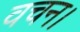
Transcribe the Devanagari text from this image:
वचन।